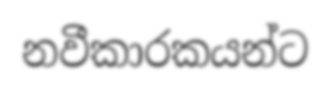
නවීකාරකයන්ට